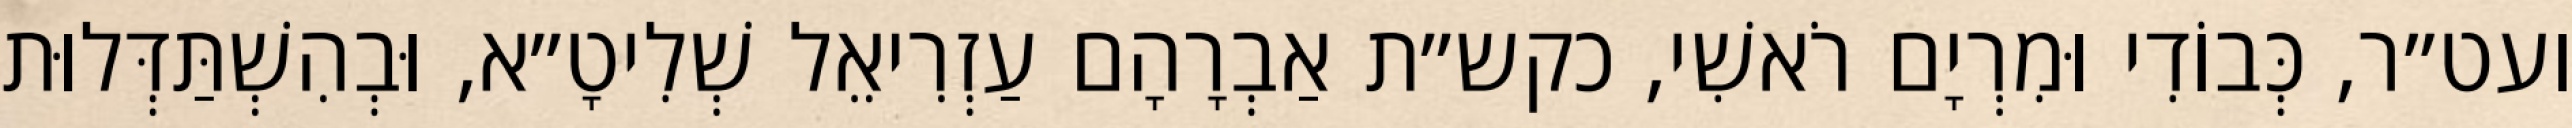
ועט״ר, כְּבוֹדִי וּמִרְיָם רֹאשִׁי, כקש״ת אַבְרָהָם עַזְרִיאֵל שְׁלִיטָ״א, וּבְהִשְׁתַּדְּלוּת